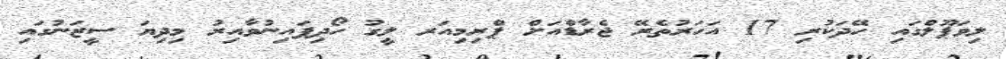
ލިވަޕޫލްގައި ހޭދަކުރި 17 އަހަރުތެރޭ ޖެރާޑްއަށް ޕްރިމިއަރ ލީގު ހޯދިފައިނުވާއިރު މިދިޔަ ސީޒަނުގައި